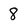
Character: 8